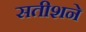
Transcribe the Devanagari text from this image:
सतीशने